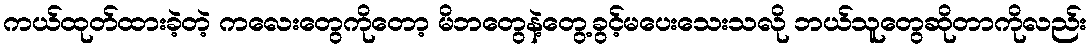
ကယ်ထုတ်ထားခဲ့တဲ့ ကလေးတွေကိုတော့ မိဘတွေနဲ့တွေ့ခွင့်မပေးသေးသလို ဘယ်သူတွေဆိုတာကိုလည်း